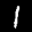
Label: 1